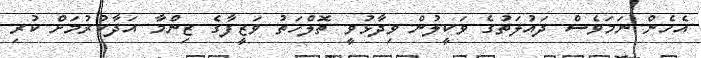
އެހެން ނަމަވެސް ދައުލަތުގެ ވަކީލުން ވިދާޅުވީ ތޮލްހަތު ވަޒީފާގެ ޒިންމާ އަދާކުރުމަށް ކުރި